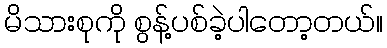
မိသားစုကို စွန့်ပစ်ခဲ့ပါတော့တယ်။